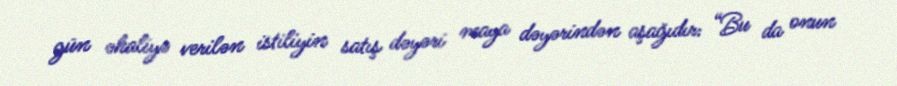
gün əhaliyə verilən istiliyin satış dəyəri maya dəyərindən aşağıdır: “Bu da onun